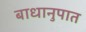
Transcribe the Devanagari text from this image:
बाधानुपात